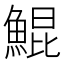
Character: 鯤